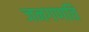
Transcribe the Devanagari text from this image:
जनगणति